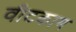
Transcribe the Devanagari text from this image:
वीटकाम